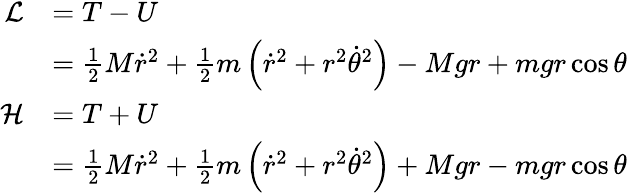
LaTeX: {\begin{array}{rl}{{\mathcal{L}}}&{=T-U}\\ &{={\frac{1}{2}}M{\dot{r}}^{2}+{\frac{1}{2}}m\left({\dot{r}}^{2}+r^{2}{\dot{\theta}}^{2}\right)-Mgr+mgr\cos{\theta}}\\ {{\mathcal{H}}}&{=T+U}\\ &{={\frac{1}{2}}M{\dot{r}}^{2}+{\frac{1}{2}}m\left({\dot{r}}^{2}+r^{2}{\dot{\theta}}^{2}\right)+Mgr-mgr\cos{\theta}}\end{array}}